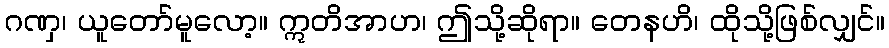
ဂဏှ၊ ယူတော်မူလော့။ ဣတိအာဟ၊ ဤသို့ဆိုရာ။ တေနဟိ၊ ထိုသို့ဖြစ်လျှင်။